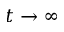
t \to \infty